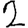
Digit: 2